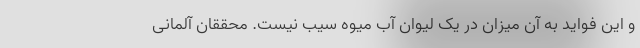
و این فواید به آن میزان در یک لیوان آب میوه سیب نیست. محققان آلمانی